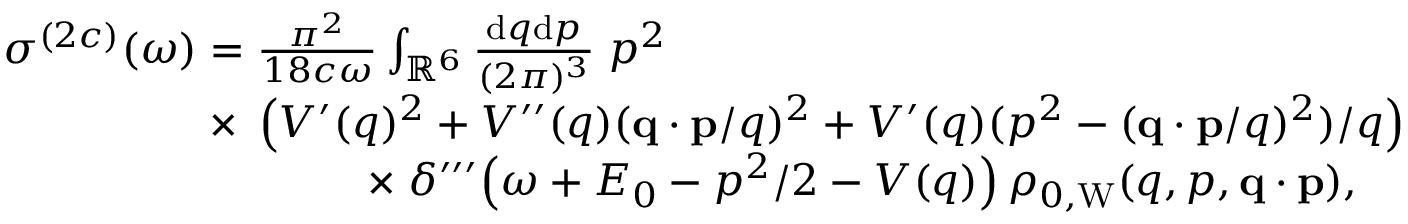
\begin{array} { r } { \sigma ^ { ( 2 c ) } ( \omega ) = \frac { \pi ^ { 2 } } { 1 8 c \omega } \int _ { \mathbb { R } ^ { 6 } } \frac { \ensuremath { \mathrm { d } } \b { q } \ensuremath { \mathrm { d } } \b { p } } { ( 2 \pi ) ^ { 3 } } \; p ^ { 2 } \phantom { x x x x x x x x x x x x x x x x x x x x x x x x } } \\ { \times \; \left( V ^ { \prime } ( q ) ^ { 2 } + V ^ { \prime \prime } ( q ) ( \ensuremath { \mathbf { q } } \cdot \ensuremath { \mathbf { p } } / q ) ^ { 2 } + V ^ { \prime } ( q ) ( p ^ { 2 } - ( \ensuremath { \mathbf { q } } \cdot \ensuremath { \mathbf { p } } / q ) ^ { 2 } ) / q \right) } \\ { \times \; \delta ^ { \prime \prime \prime } \! \left( \omega + E _ { 0 } - p ^ { 2 } / 2 - V ( q ) \right) \rho _ { 0 , \mathrm { W } } ( q , p , \ensuremath { \mathbf { q } } \cdot \ensuremath { \mathbf { p } } ) , \; \; \; \; } \end{array}